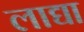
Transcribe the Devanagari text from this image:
लाद्या